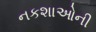
નકશાઓની